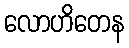
လောဟိတေန